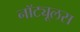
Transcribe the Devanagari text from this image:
नॉट्यूलस